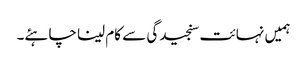
ہمیں نہائت سنجیدگی سے کام لینا چاہئے۔